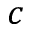
c